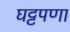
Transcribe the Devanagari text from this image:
घट्टपणा